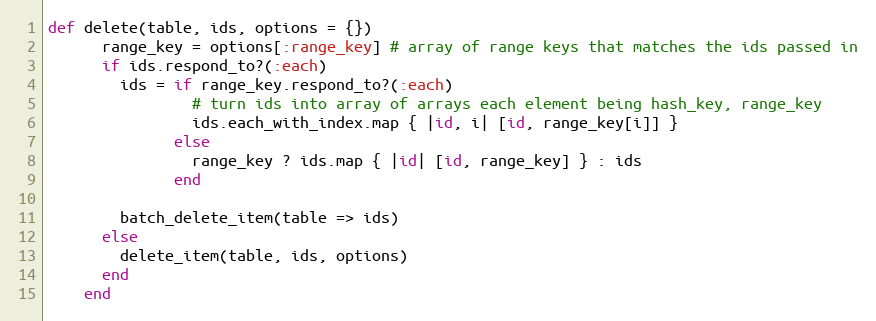
Language: Ruby
def delete(table, ids, options = {})
      range_key = options[:range_key] # array of range keys that matches the ids passed in
      if ids.respond_to?(:each)
        ids = if range_key.respond_to?(:each)
                # turn ids into array of arrays each element being hash_key, range_key
                ids.each_with_index.map { |id, i| [id, range_key[i]] }
              else
                range_key ? ids.map { |id| [id, range_key] } : ids
              end

        batch_delete_item(table => ids)
      else
        delete_item(table, ids, options)
      end
    end